Suure-Kopu_vallavalitsus, lk 18
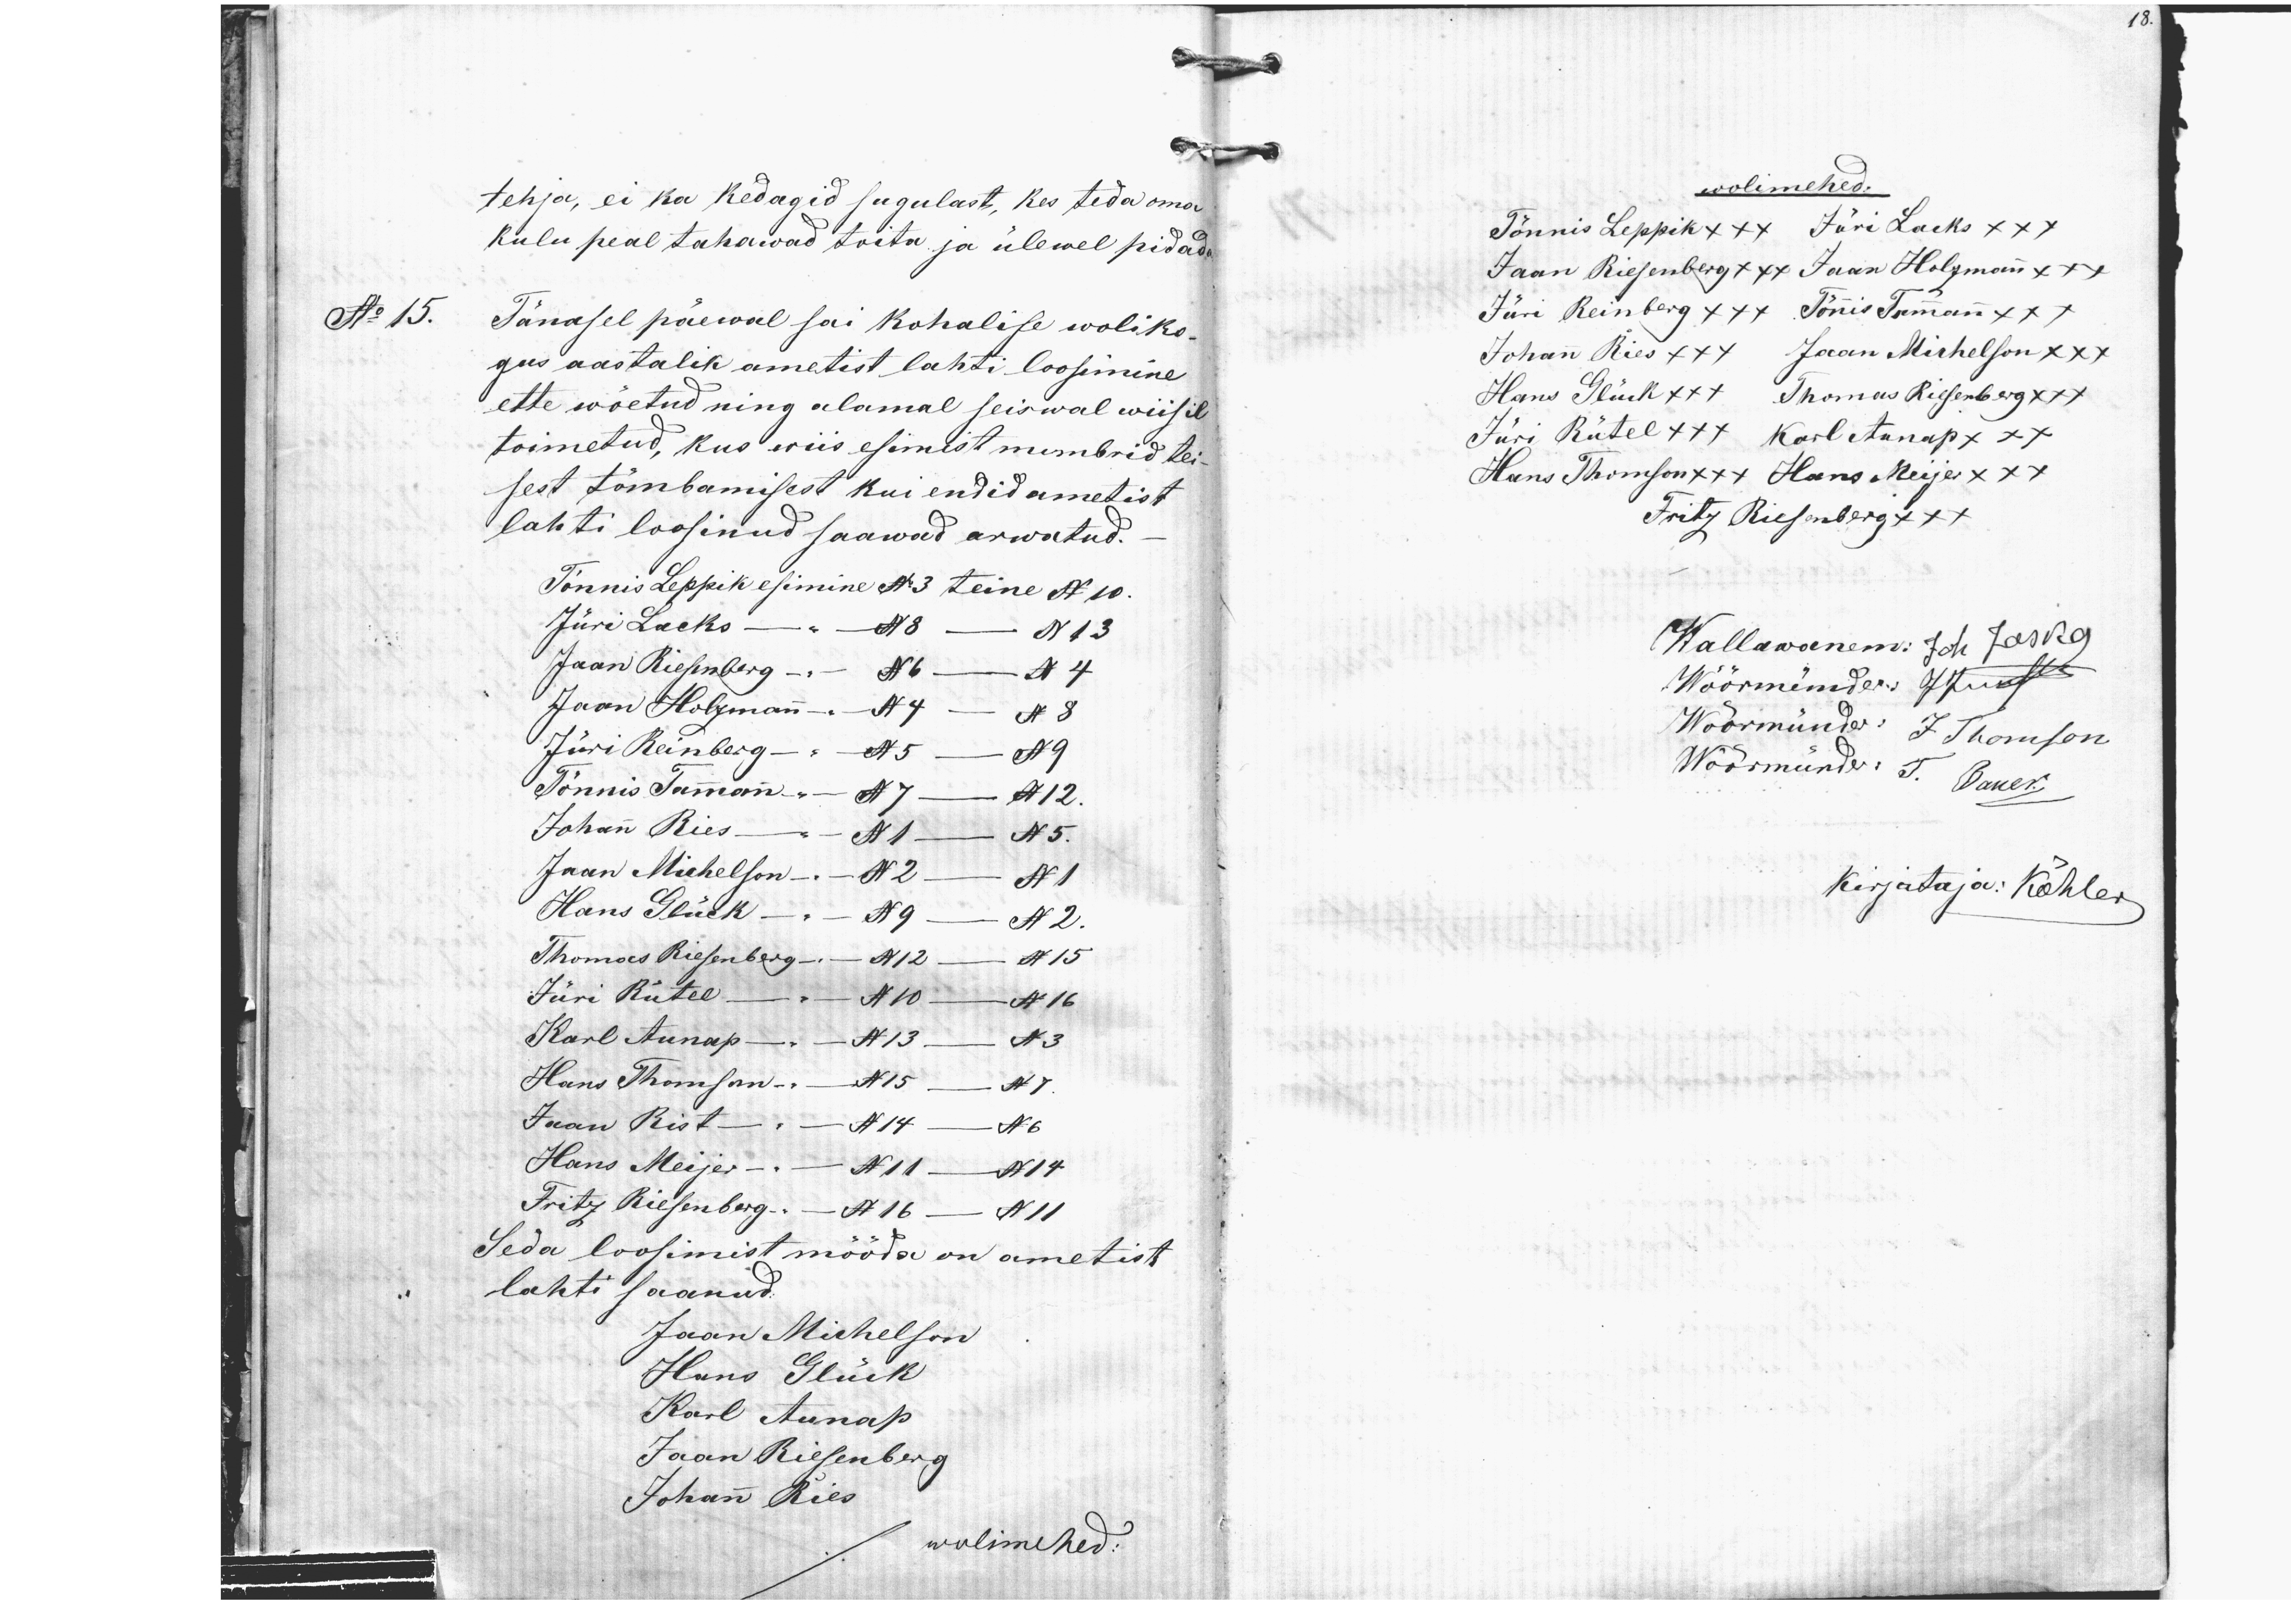
tehja, ei ka kedagid sugulast, kes teda oma
kulu peal tahawad toita ja ülewel pidada
Tänasel päewal sai kohalise woliko-
gus aastalik ametist lahti loosimine
ette wõetud ning alamal seiswal wiisil
toimetud, kus wiis esimist numbrid tei-
sest tõmbamisest kui endid ametist
lahti loisinud saawad arwatud.
Tõnnis Leppik esimine No 3 teine N 10.
Jüri Lacks - N8 - N 13
Jaan Riesenberg - N6 - N 4
Jaan Holzmann - N4 - N8
Jüri Reinberg - N5 - N9
Tõnnis Tammann - N 7 - N 12
Johann Ries - N1 - N5.
Jaan Michelson - N 2 - N 1
Hans Glück - N9 - N2 -
Thomas Riesenberg - N12 - N 15
Jüri Rütel -  N 10 - N 16
Karl Aunap - " N13 - N3
Hans Tomson - N 15 - N7.
Jaan Rist -  N14 - N6
Hans Meijer - N11 - N14
Fritz Riesenberg - N 16 - Nii
Seda loosimist mööda on ametist
lahti saanud.
Jaan Michelson
Hans Glück
Karl Aunap
Jaan Riesenberg
Johan Ries
wolimehed:

18.
wolimehed
Tõnnis Leppik xxx Jüri Lacks xxx
Jaan Riesenberg xxx Jaan Holzmann xxx
Jüri Reinberg xxx Tõnnis Tammann xxx
Johann Ries xxx Jaan Michelson xxx
Hans Glück xxx Thomas Riesenberg xxx
Jüri Rütel xxx Karl Aunap +++
Hans Thomson xxx Hans Meijer xxx
Fritz Riesenberg xxx
Wallawanem: Joh Jaska
Wöörmünder: J. Juust
Wöörmünder: J Thomson
Wöörmünder: T. Baker
Kirjutaja: Köhler

No 15.